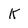
Character: K